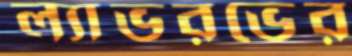
ল্যাভরভের